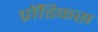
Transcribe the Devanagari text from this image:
प्रॉडिकस